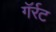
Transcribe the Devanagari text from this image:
गॅर्रट